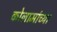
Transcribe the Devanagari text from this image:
कोलामांच्या